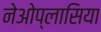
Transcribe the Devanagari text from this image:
नेओप्लासिया